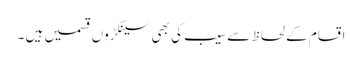
اقسام کے لحاظ سے سیب کی بھی سینکڑوں قسمیں ہیں ۔